Leprosy in India: report of the Leprosy Commission in India, 1890-91
Year: 1890
Disease focus: Leprosy
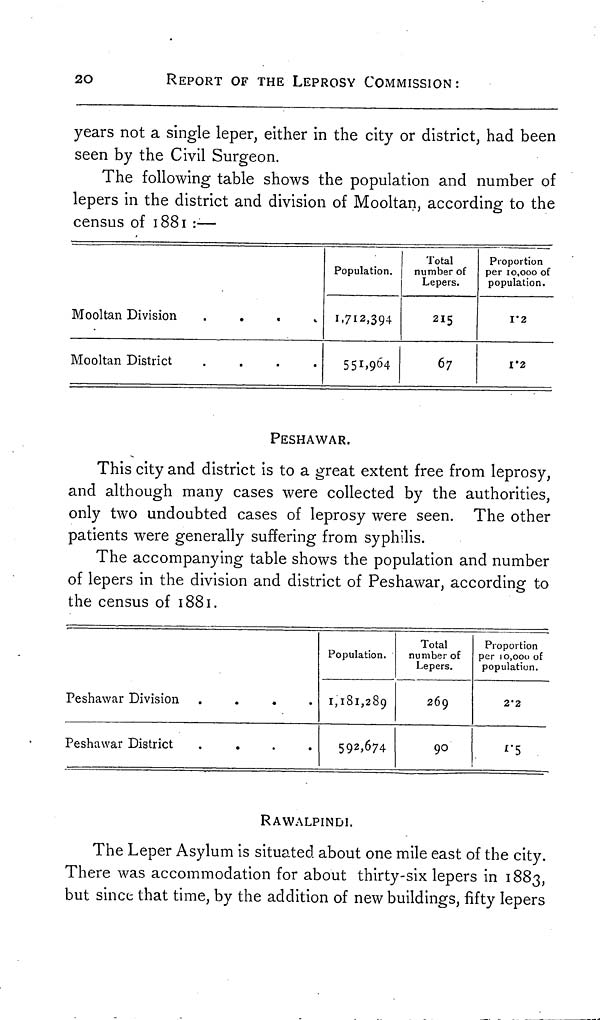
20
REPORT OF THE LEPROSY COMMISSION:
years not a single leper, either in the city or district, had been
seen by the Civil Surgeon.
The following table shows the population and number of
lepers in the district and division of Mooltan, according to the
census of 1881 :—
Mooltan Division
.
Mooltan District
.
.
.
.
Population.
1-712,394
551,964
Total
number of
Lepers.
215
67
Proportion
per 10,000 of
population.
1.2
1.2
PESHAWAR.
This city and district is to a great extent free from leprosy,
and although many cases were collected by the authorities,
only two undoubted cases of leprosy were seen. The other
patients were generally suffering from syphilis.
The accompanying table shows the population and number
of lepers in the division and district of Peshawar, according to
the census of 1881.
P e s h a w a r D i v i s i o n
.
.
.
.
P e s h a w a r D i s t r i c t
.
.
.
.
Population.
1,181,289
592,674
Total
number of
Lepers.
269
90
Proportion
per 10,000 of
population.
2.2
1.5
RAWALPINDI.
The Leper Asylum is situated about one mile east of the city.
There was accommodation for about thirty-six lepers in 1883,
but since that time, by the addition of new buildings, fifty lepers